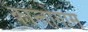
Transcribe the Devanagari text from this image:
कान्तोगास